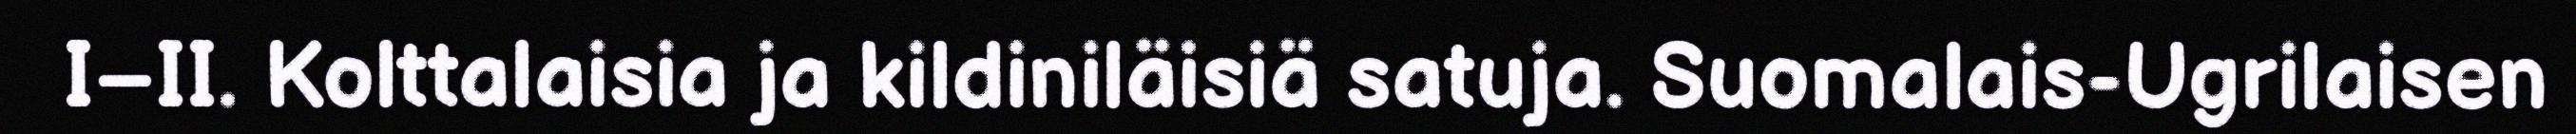
I–II. Kolttalaisia ja kildiniläisiä satuja. Suomalais-Ugrilaisen